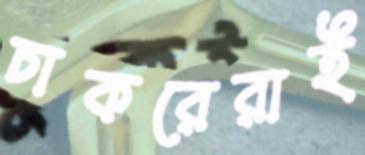
চাকরেরাই